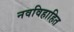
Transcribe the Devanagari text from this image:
नवविहाहित